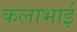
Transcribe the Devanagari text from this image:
कलाभाई